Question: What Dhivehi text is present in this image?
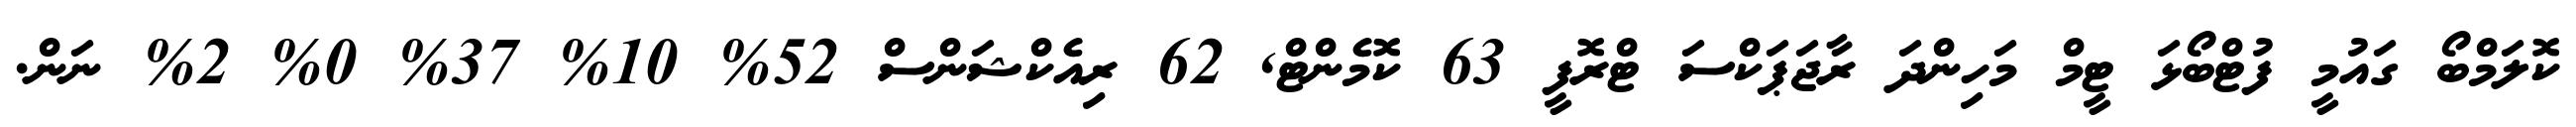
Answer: ކޮލަމްބޯ ގައުމީ ފުޓްބޯޅަ ޓީމް މަހިންދަ ރާޖަޕަކްސަ ޓްރޮފީ 63 ކޮމެންޓް, 62 ރިއެކްޝަންސް 52% 10% 37% 0% 2% ނަން.